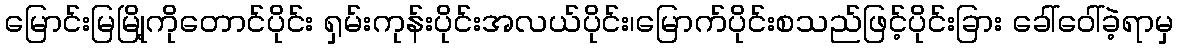
မြောင်းမြမြို့ကိုတောင်ပိုင်း ရှမ်းကုန်းပိုင်းအလယ်ပိုင်း၊မြောက်ပိုင်းစသည်ဖြင့်ပိုင်းခြား ခေါ်ဝေါ်ခဲ့ရာမှ